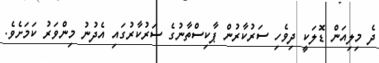
ދެ މިލިއަން ޑޮލަކީ ދިވެހި ސަރުކާރުން ޕާކިސްތާނުގެ ސަރުކާރުގައި އެދުނު މިންވަރު ކަމަށެވެ.